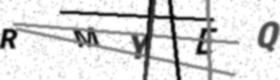
Text: RMYEQ